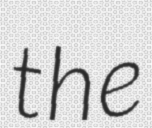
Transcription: the